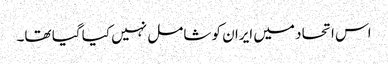
اس اتحاد میں ایران کو شامل نہیں کیا گیا تھا۔